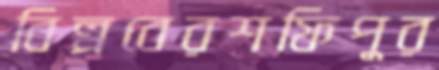
বিল্পবেরশফিপুর